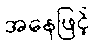
အနေဖြင့်